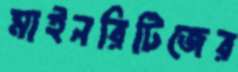
মাইনরিটিজের